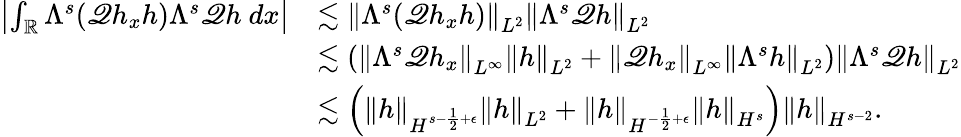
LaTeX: \begin{array}{rl}{\left|\int_{\mathbb R}\Lambda^{s}(\mathscr{Q}h_{x}h)\Lambda^{s}\mathscr{Q}h\ dx\right|}&{\lesssim\left\| \Lambda^{s}(\mathscr{Q}h_{x}h)\right\| _{L^{2}}\left\| \Lambda^{s}\mathscr{Q}h\right\| _{L^{2}}}\\ &{\lesssim\left(\left\| \Lambda^{s}\mathscr{Q}h_{x}\right\| _{L^{\infty}}\left\| h\right\| _{L^{2}}+\left\| \mathscr{Q}h_{x}\right\| _{L^{\infty}}\left\| \Lambda^{s}h\right\| _{L^{2}}\right)\left\| \Lambda^{s}\mathscr{Q}h\right\| _{L^{2}}}\\ &{\lesssim\left(\left\| h\right\| _{H^{s-\frac{1}{2}+\epsilon}}\left\| h\right\| _{L^{2}}+\left\| h\right\| _{H^{-\frac{1}{2}+\epsilon}}\left\| h\right\| _{H^{s}}\right)\left\| h\right\| _{H^{s-2}}.}\end{array}